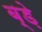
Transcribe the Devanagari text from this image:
ब्ड़े